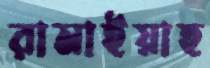
রামাইয়াহ